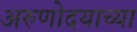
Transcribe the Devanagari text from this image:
अरुणोदयाच्या